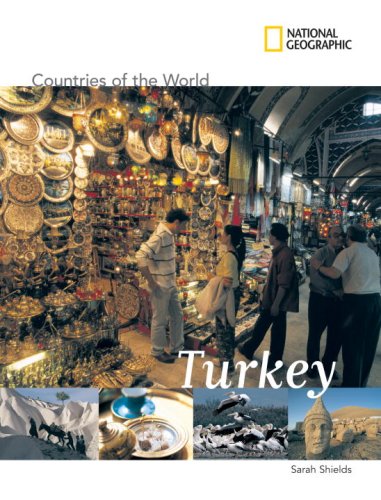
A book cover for National Geographic Countries of the World: Turkey; Sarah Shields; Children's Books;